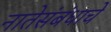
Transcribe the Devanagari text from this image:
नातेसंबंधाचे